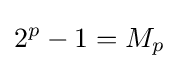
2^{p}-1=M_{p}